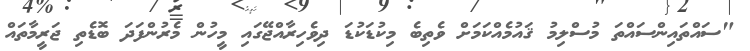
"ސައްތައިންސައްތަ މުސްލިމު ޤައުމެއްކަމަށް ވެތިބެ މިކުޑަކުޑަ ދިވެހިރާއްޖޭގައި މީހުން މެރުންފަދަ ބޮޑެތި ޖަރީމާތައް